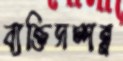
ব্যক্তিসম্পন্ন